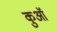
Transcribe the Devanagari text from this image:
कुआॅ